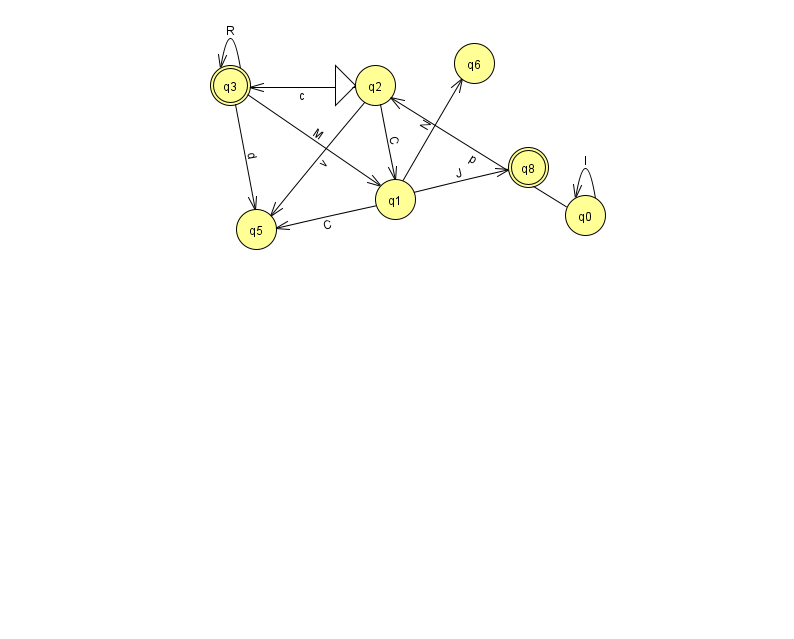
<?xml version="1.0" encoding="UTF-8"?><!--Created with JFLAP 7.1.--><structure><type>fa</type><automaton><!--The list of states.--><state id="0" name="q0"><x>585.0</x><y>202.0</y></state><state id="1" name="q1"><x>395.0</x><y>186.0</y></state><state id="2" name="q2"><x>375.0</x><y>72.0</y><initial/></state><state id="3" name="q3"><x>230.0</x><y>72.0</y><final/></state><state id="5" name="q5"><x>256.0</x><y>216.0</y></state><state id="6" name="q6"><x>474.0</x><y>50.0</y></state><state id="8" name="q8"><x>528.0</x><y>154.0</y><final/></state><!--The list of transitions.--><transition><from>2</from><to>3</to><read>c</read></transition><transition><from>3</from><to>1</to><read>M</read></transition><transition><from>3</from><to>3</to><read>R</read></transition><transition><from>0</from><to>2</to><read>p</read></transition><transition><from>1</from><to>5</to><read>C</read></transition><transition><from>1</from><to>6</to><read>N</read></transition><transition><from>1</from><to>8</to><read>J</read></transition><transition><from>2</from><to>5</to><read>v</read></transition><transition><from>3</from><to>5</to><read>d</read></transition><transition><from>0</from><to>0</to><read>l</read></transition><transition><from>2</from><to>1</to><read>C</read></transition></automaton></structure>